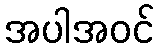
အပါအဝင်